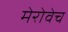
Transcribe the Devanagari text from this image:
मेरोवेच